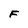
Character: F